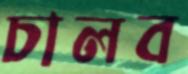
চালব